Vaccination in Burma 1920-1933 - 1920-1933
Year: 1920
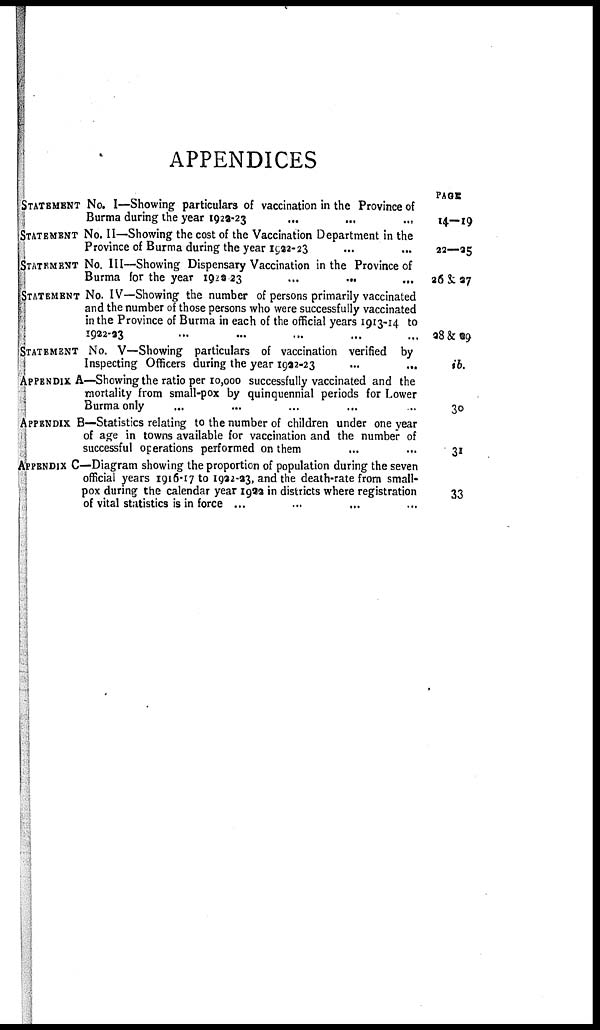
APPENDICES
STATEMENT NO. I—Showing particulars of vaccination in the Province of
Burma during the year 1922-23
...
...
...
STATEMENT NO. II—Showing the cost of the Vaccination Department in the
Province of Burma during the year 1922-23 ... ...
STATEMENT NO. III—Showing Dispensary Vaccination in the Province of
Burma for the year 1922-23
...
...
...
STATEMENT NO. IV—Showing the number of persons primarily vaccinated
and the number of those persons who were successfully vaccinated
in the Province of Burma in each of the official years 1913-14 to
1922-23 ... ... ... ... ...
STATEMENT NO. V—Showing particulars of vaccination verified by
Inspecting Officers during the year 1992-23
...
...
APPENDIX A—Showing the ratio per 10,000 successfully vaccinated and the
mortality from small-pox by quinquennial periods for Lower
Burma only
APPENDIX B—Statistics relating to the number of children under one year
of age in towns available for vaccination and the number of
successful operations performed on them
APPENDIX C—Diagram showing the proportion of population during the seven
official years 1916-17 to 1922-23, and the death-rate from small-
pox during the calendar year 1999 in districts where registration
of vital statistics is in force ...
PAGE
14—19
22—25
26&27
28&29
ib.
30
31
33